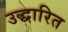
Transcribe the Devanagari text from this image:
उद्धारित